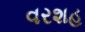
વરશહ